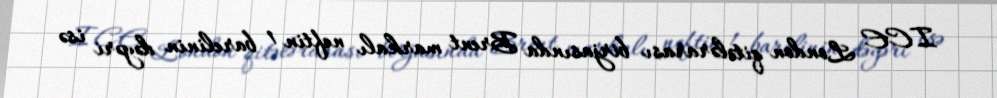
ICE London qitələrarası birjasında Brent markalı neftin 1 barelinin dəyəri isə